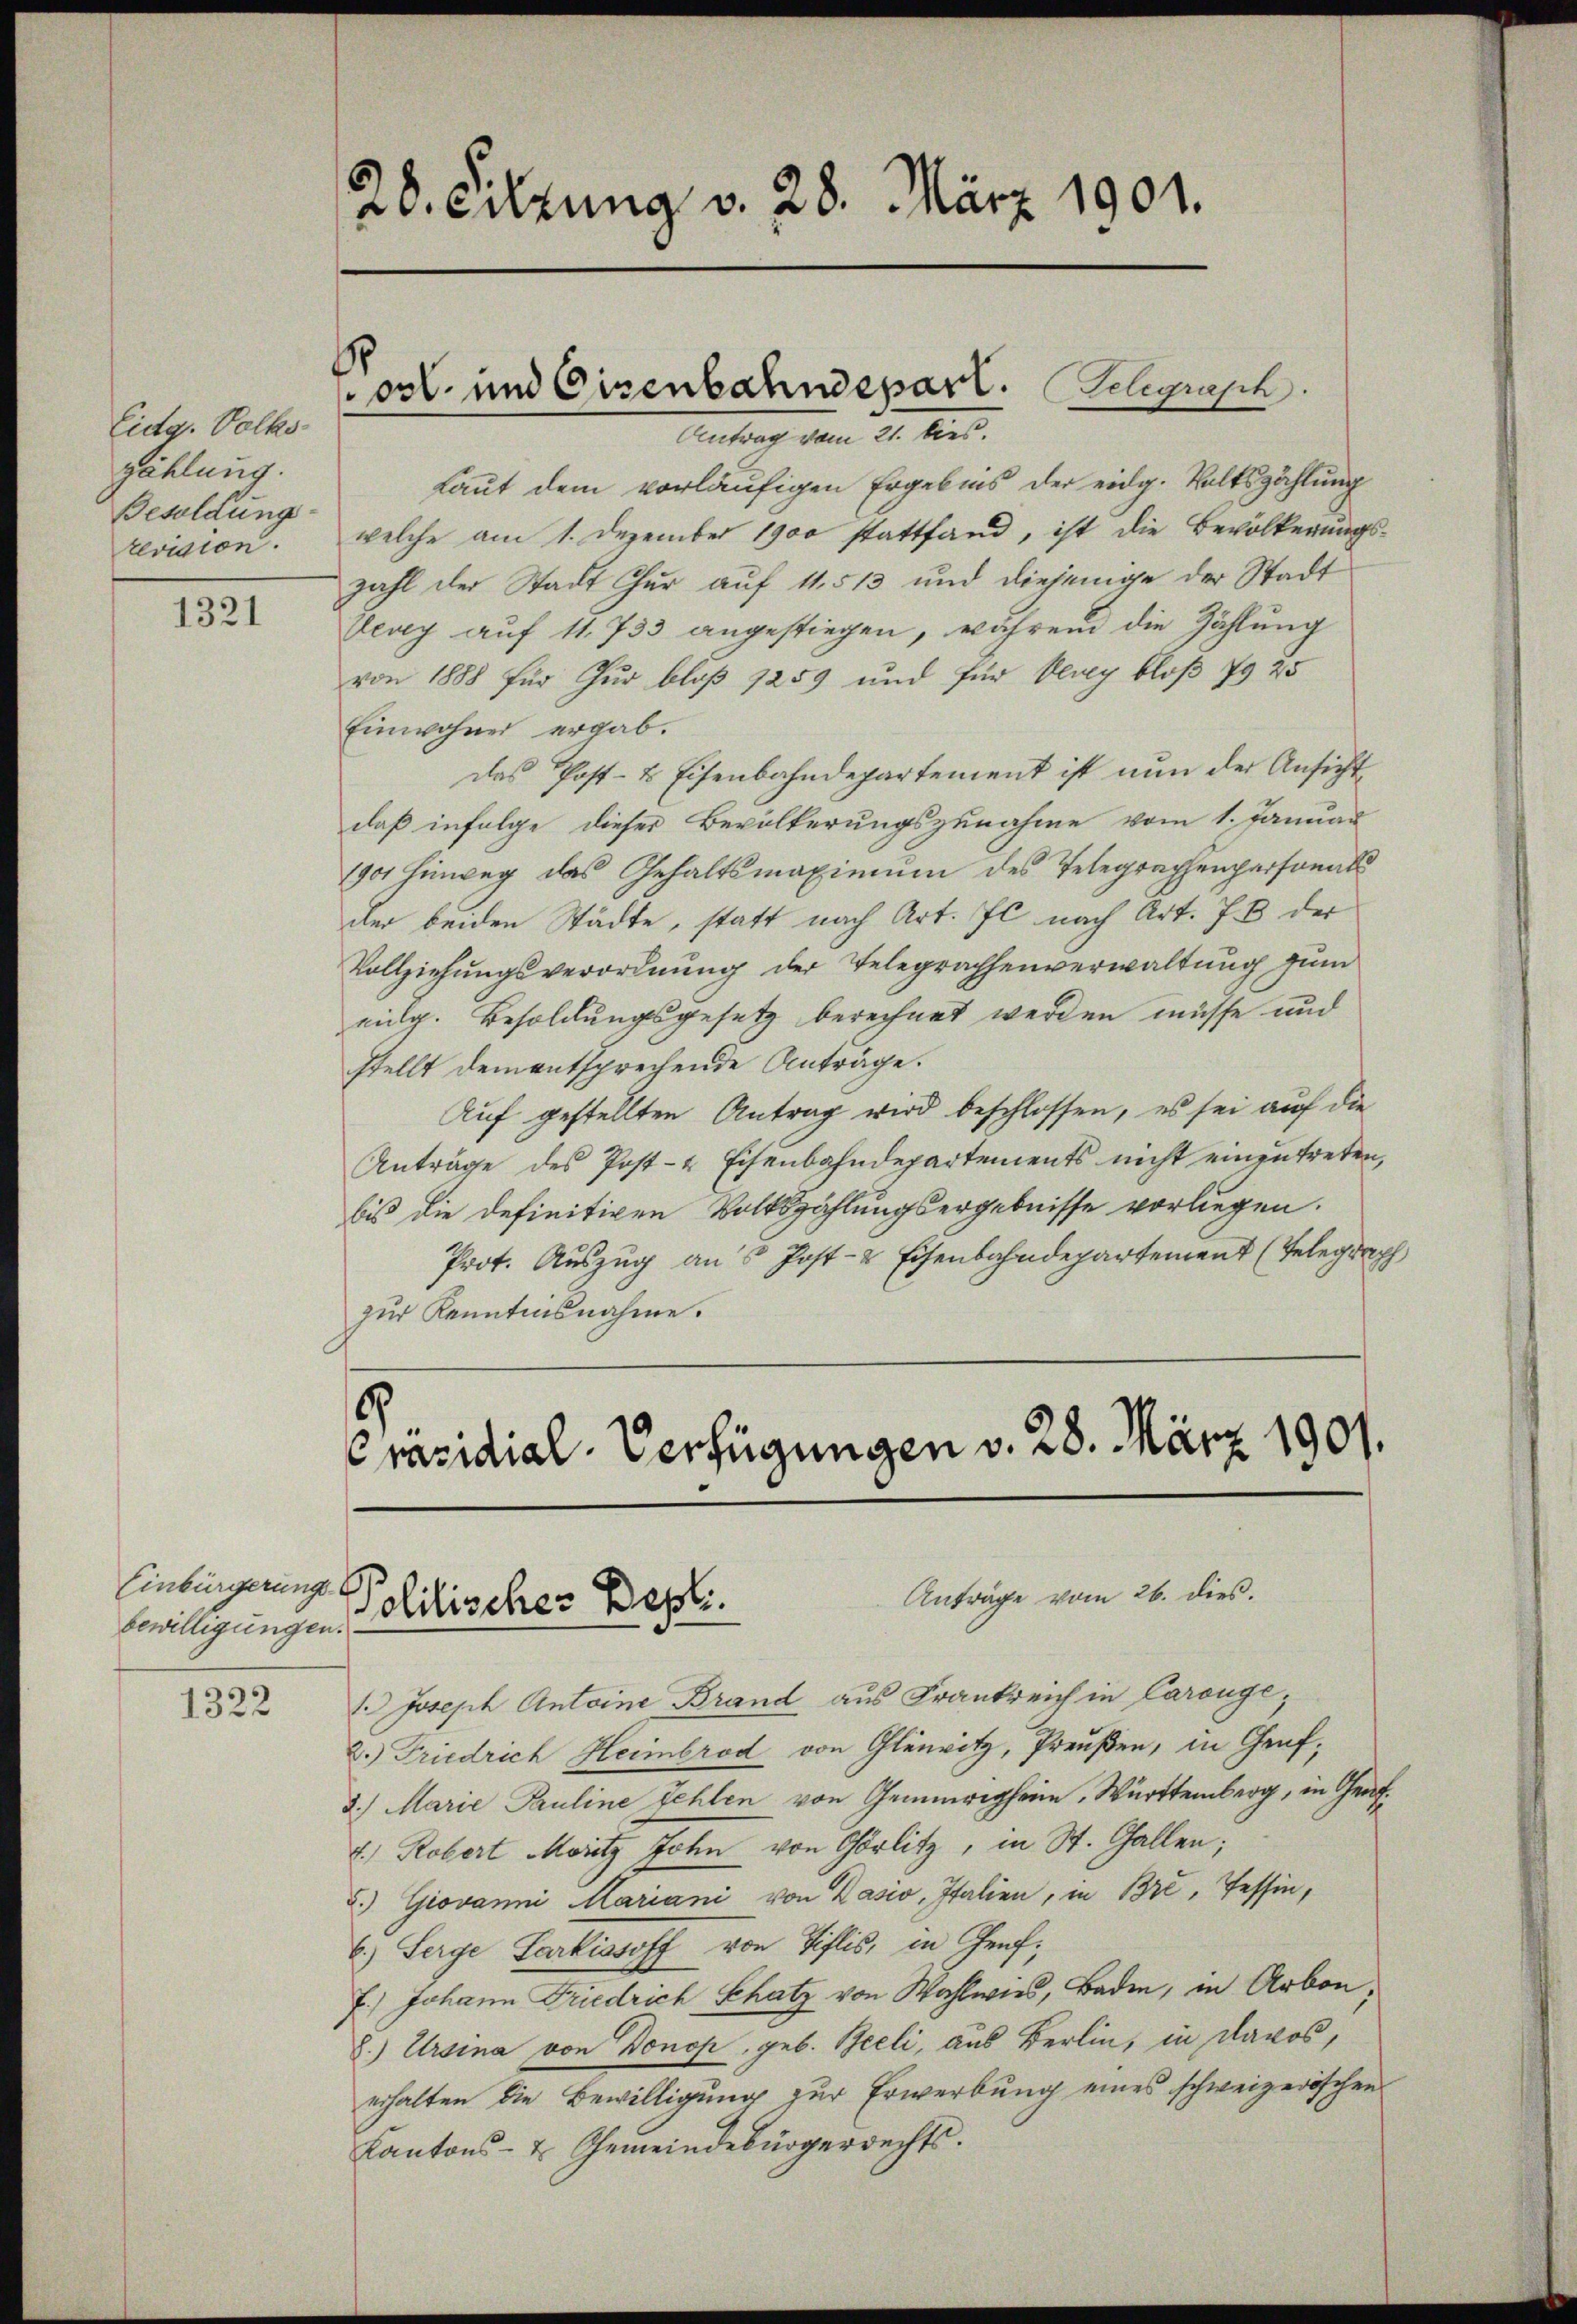
Eidg. Volks
zählung.
Besoldung
revision.

1321

Einbürgerung
bewilligungen.

1322

28. Sitzung v. 28. März 1901.

ost. und Eisenbahndepart. Telegraph
Antrag vom 21. bies.

Laut dem vorläufigen Ergebnis der eidg. Volkszählung
welche am 1. Dezember 1900 stattfand, ist die Bevölkerungszahl der Stadt Chur auf 1. 513 und diejenige der Stadt
Ueay auf 11. 733 angestiegen, während die Zählung
von 1888 für Zur bloß 1259 und für Verey bloß 79 25
Einwohner ergab.
das Post- & Eisenbahndepartement ist nun der Ansicht
daß infolge dieser Bevölkerungszunahme vom 1. Januar
1901 Hinweg das Gehaltsmaximum des Telegraphenpersonals
der beiden Städte, statt nach Art. Il nach Art. J. B. der
Vollziehungsverordnung der Telegraphenverwaltung zum
eilg. Besoldungsgesetz berechnet werden müsse und
stellt dem entsprechende Anträge.
Auf gestellten Antrag wird beschlossen, es sei auf die
Anträge des Post- & Eisenbahndepartements nicht einzutreten,
bis die definitiven Volkszählungsergebnisse vorliegen.
Prot. Auszug ans Post- & Eisenbahndepartement (Telegraph
zur Kenntnisnahme.

1. Joseph Antoine Brand aus Frankreich in Carouge,
2.) Friedrich Heimbrod von Glenwitz, Preußen, in Graf,
3.) Marie Pauline Fehlen von Gemeigheim, Württemberg, in Graf¬
4.) Robert Moritz John von Görlitz, in St. Gallen;
3.) Giovanni Mariani von Pasio, Italien, in Bré, Tessin,
6.) Serge Sarkissoff von Tiflis, in Genf,
7.) Johann Friedrich Schatz von Wahlwies, Baden, in Arbon;
8.) Ursina von Donop, geb. Beeli, aus Berlin, in Davos,
erhalten die Bewilligung zur Erwerbung eines schweizerischen
Kantons- & Gemeindebürgerrechts.

6
Präsidial-Verfügungen v. 28. März 1901.
Anträge vom 26. dies.
Politischer Besti